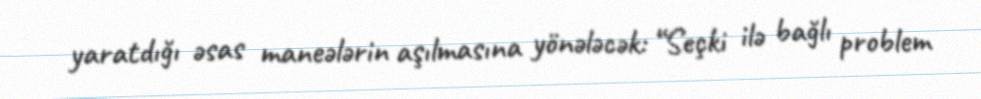
yaratdığı əsas maneələrin aşılmasına yönələcək: “Seçki ilə bağlı problem